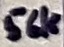
Text: 56k